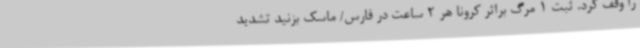
را وقف کرد. ثبت 1 مرگ براثر کرونا هر 2 ساعت در فارس/ ماسک بزنید تشدید